65_HS1-834228961_62-HQ-83894_Section_5
Agency: FBI
Page 31
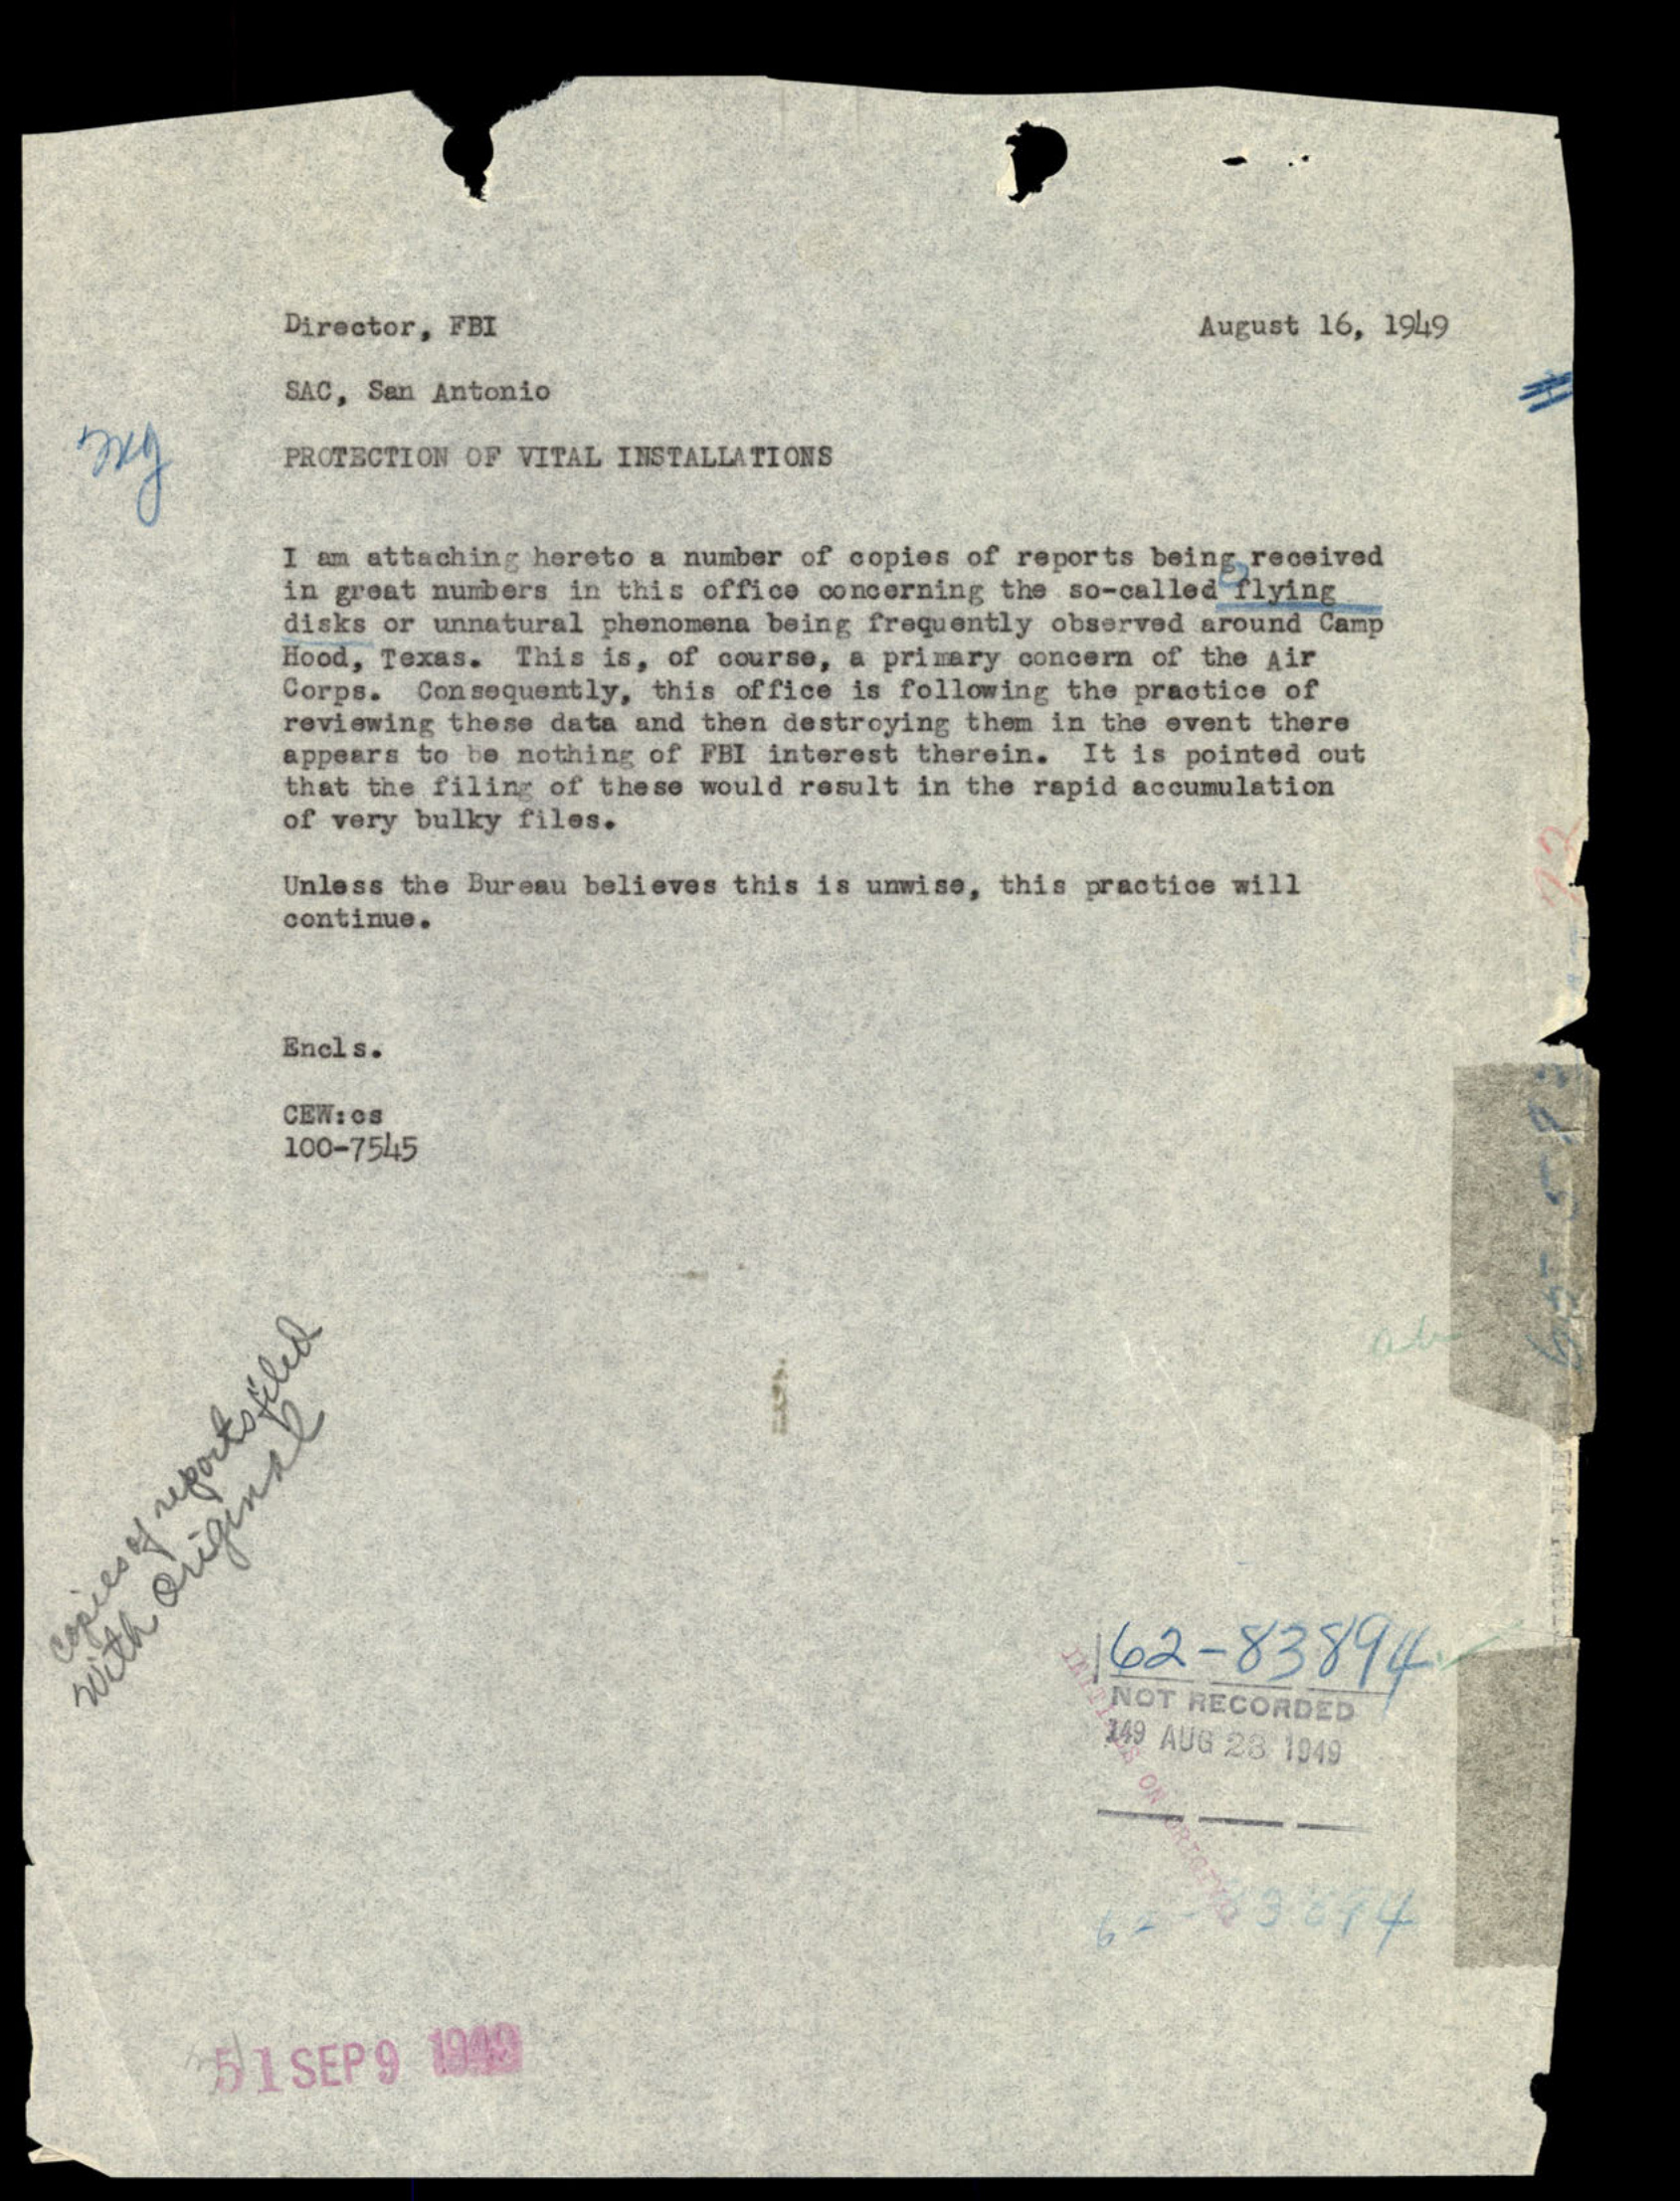